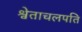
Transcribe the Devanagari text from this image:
श्वेताचलपति